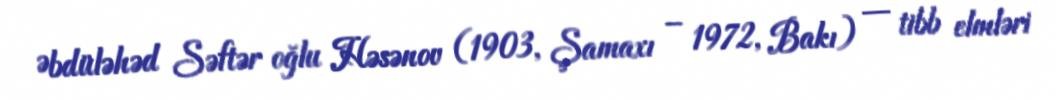
Əbdüləhəd Səftər oğlu Həsənov (1903, Şamaxı – 1972, Bakı) — tibb elmləri